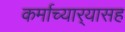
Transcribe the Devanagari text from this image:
कर्माच्यार्‍यासह